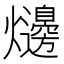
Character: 𤓋